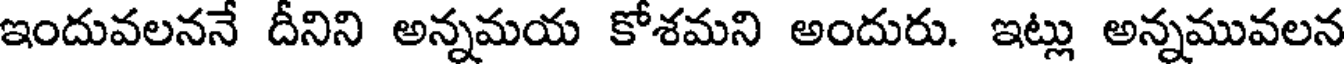
ఇందువలననే దీనిని అన్నమయ కోశమని అందురు. ఇట్లు అన్నమువలన